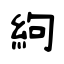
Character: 絇